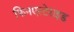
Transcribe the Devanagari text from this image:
फिनएस्टेराइड